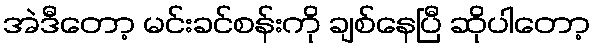
အဲဒီတော့ မင်းခင်စန်းကို ချစ်နေပြီ ဆိုပါတော့